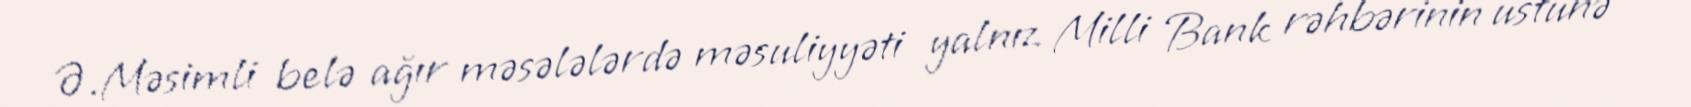
Ə.Məsimli belə ağır məsələlərdə məsuliyyəti yalnız Milli Bank rəhbərinin üstünə